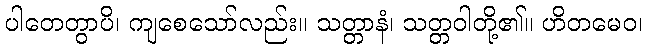
ပါတေတွာပိ၊ ကျစေသော်လည်း။ သတ္တာနံ၊ သတ္တဝါတို့၏။ ဟိတမေဝ၊